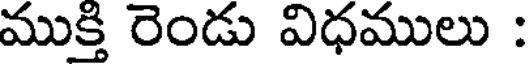
ముక్తి రెండు విధములు :